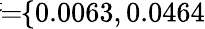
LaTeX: \! \! \! \overline{{\sigma}}\! \! =\! \! \{ 0.0063,0.0464\} \! \! \!